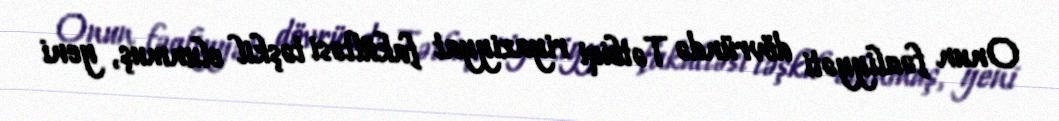
Onun fəaliyyəti dövründə Tətbiqi riyaziyyat fakültəsi təşkil olunmuş, yeni